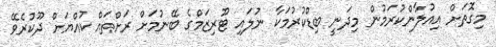
މިގޮތަށް އިއުލާންކުރަމުން މިދަނީ ބިޑްކުރުމަކާ ނުލައި ޓޫރިޒަމްގެ ބޭނުމަށް ރަށްތައް ކުއްޔަށް ދޫކުރެވޭ